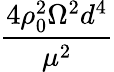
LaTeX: \frac{4\rho_{0}^{2}\Omega^{2}d^{4}}{\mu^{2}}